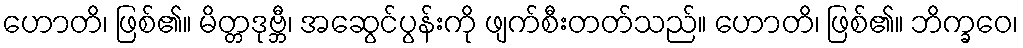
ဟောတိ၊ ဖြစ်၏။ မိတ္တဒုဗ္ဘီ၊ အဆွေင်ပွန်းကို ဖျက်စီးတတ်သည်။ ဟောတိ၊ ဖြစ်၏။ ဘိက္ခဝေ၊